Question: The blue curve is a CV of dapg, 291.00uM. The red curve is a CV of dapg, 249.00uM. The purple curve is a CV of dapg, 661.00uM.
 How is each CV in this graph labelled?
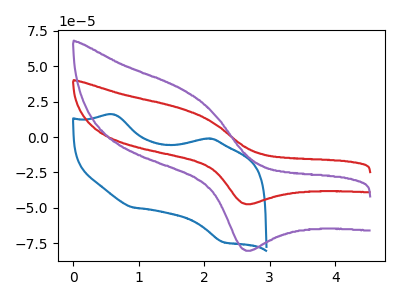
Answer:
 <answer>The blue curve is labeled "dapg, 291.00uM". The red curve is labeled "dapg, 249.00uM". The purple curve is labeled "dapg, 661.00uM".</answer>
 <eval></eval>